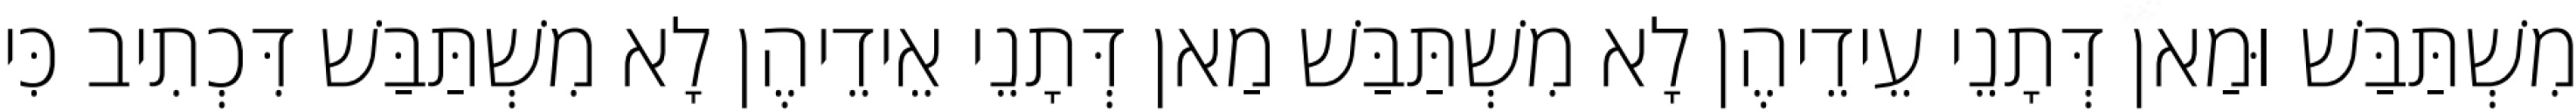
מִשְׁתַּבַּשׁ וּמַאן דְּתָנֵי עֵידֵיהֶן לָא מִשְׁתַּבַּשׁ מַאן דְּתָנֵי אֵידֵיהֶן לָא מִשְׁתַּבַּשׁ דִּכְתִיב כִּי